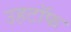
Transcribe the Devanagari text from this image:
उहटॉफ